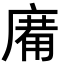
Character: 𢊑